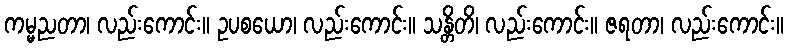
ကမ္မညတာ၊ လည်းကောင်း။ ဥပစယော၊ လည်းကောင်း။ သန္တိတိ၊ လည်းကောင်း။ ဇရတာ၊ လည်းကောင်း။